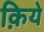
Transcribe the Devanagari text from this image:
क़िये